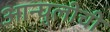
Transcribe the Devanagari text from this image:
आन्घुलीची